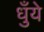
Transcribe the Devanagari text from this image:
धुँये